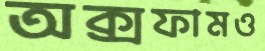
অক্সফামও